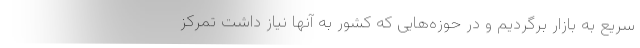
سریع به بازار برگردیم و در حوزه‌هایی که کشور به آنها نیاز داشت تمرکز